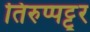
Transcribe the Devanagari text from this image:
तिरुप्पट्टूर